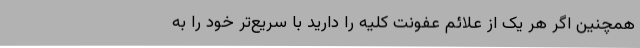
همچنین اگر هر یک از علائم عفونت کلیه را دارید با سریع‌تر خود را به